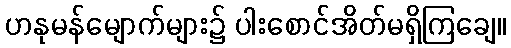
ဟနုမန်မျောက်များ၌ ပါးစောင်အိတ်မရှိကြချေ။